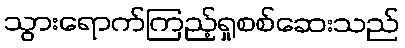
သွားရောက်ကြည့်ရှုစစ်ဆေးသည်